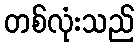
တစ်လုံးသည်